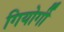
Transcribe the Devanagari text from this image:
गियोर्गी